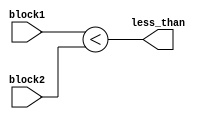
module less_than_comparator(
    input [7:0] block1,
    input [7:0] block2,
    output less_than
);

assign less_than = (block1 < block2);

endmodule